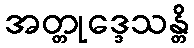
အတ္တုဒ္ဒေသန္တိ